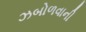
ઝબોળવાની